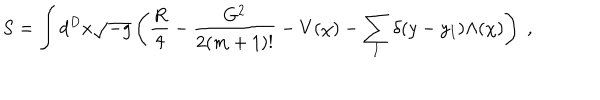
S = \int d ^ { D } x \sqrt { - g } \left( \frac { R } { 4 } - \frac { G ^ { 2 } } { 2 ( m + 1 ) ! } - V ( \chi ) - \sum _ { I } \delta ( y - y _ { I } ) \Lambda ( \chi ) \right) \; ,